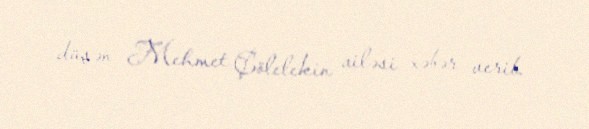
düşən Mehmet Çölelekin ailəsi xəbər verib.